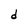
Character: d